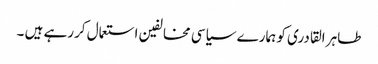
طاہر القادری کو ہمارے سیاسی مخالفین استعمال کررہے ہیں ۔